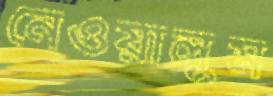
নেওয়ালুম